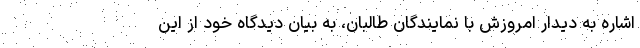
اشاره به دیدار امروزش با نمایندگان طالبان، به بیان دیدگاه خود از این